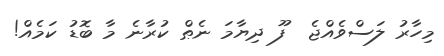
މިހާރު ލަސްވެއްޖެ  ފޫ ދިޔާމަ ނެޠް ކުރާނެ މާ ބޮޑު ކަމެއް!